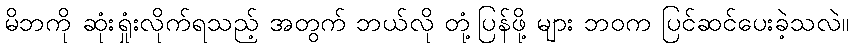
မိဘကို ဆုံးရှုံးလိုက်ရသည့် အတွက် ဘယ်လို တုံ့ပြန်ဖို့ များ ဘဝက ပြင်ဆင်ပေးခဲ့သလဲ။